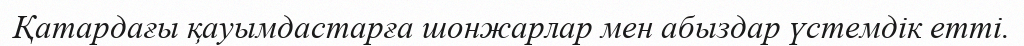
Қатардағы қауымдастарға шонжарлар мен абыздар үстемдік етті.